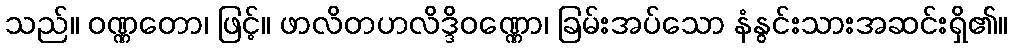
သည်။ ဝဏ္ဏတော၊ ဖြင့်။ ဖာလိတဟလိဒ္ဒိဝဏ္ဏော၊ ခြမ်းအပ်သော နံနွင်းသားအဆင်းရှိ၏။